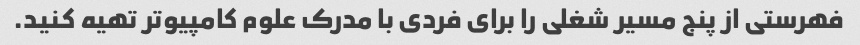
فهرستی از پنج مسیر شغلی را برای فردی با مدرک علوم کامپیوتر تهیه کنید.